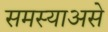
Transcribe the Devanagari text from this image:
समस्याअसे